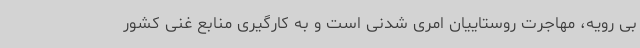
بی رویه، مهاجرت روستاییان امری شدنی است و به کارگیری منابع غنی کشور